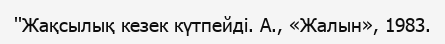
''Жақсылық кезек күтпейді. А., «Жалын», 1983.